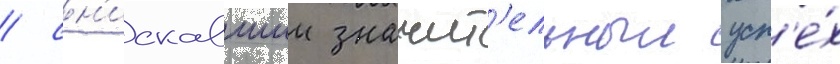
/ сн'искавшии значит'ельныи усп'е́х